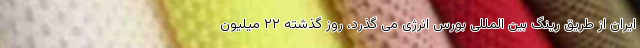
ایران از طریق رینگ بین المللی بورس انرژی می گذرد، روز گذشته ۲۲ میلیون